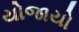
યોજાયો